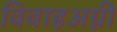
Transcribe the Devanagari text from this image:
विवाहअग्नी